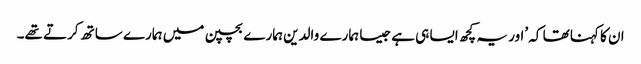
ان کا کہنا تھا کہ ’اور یہ کچھ ایسا ہی ہے جیسا ہمارے والدین ہمارے بچپن میں ہمارے ساتھ کرتے تھے۔